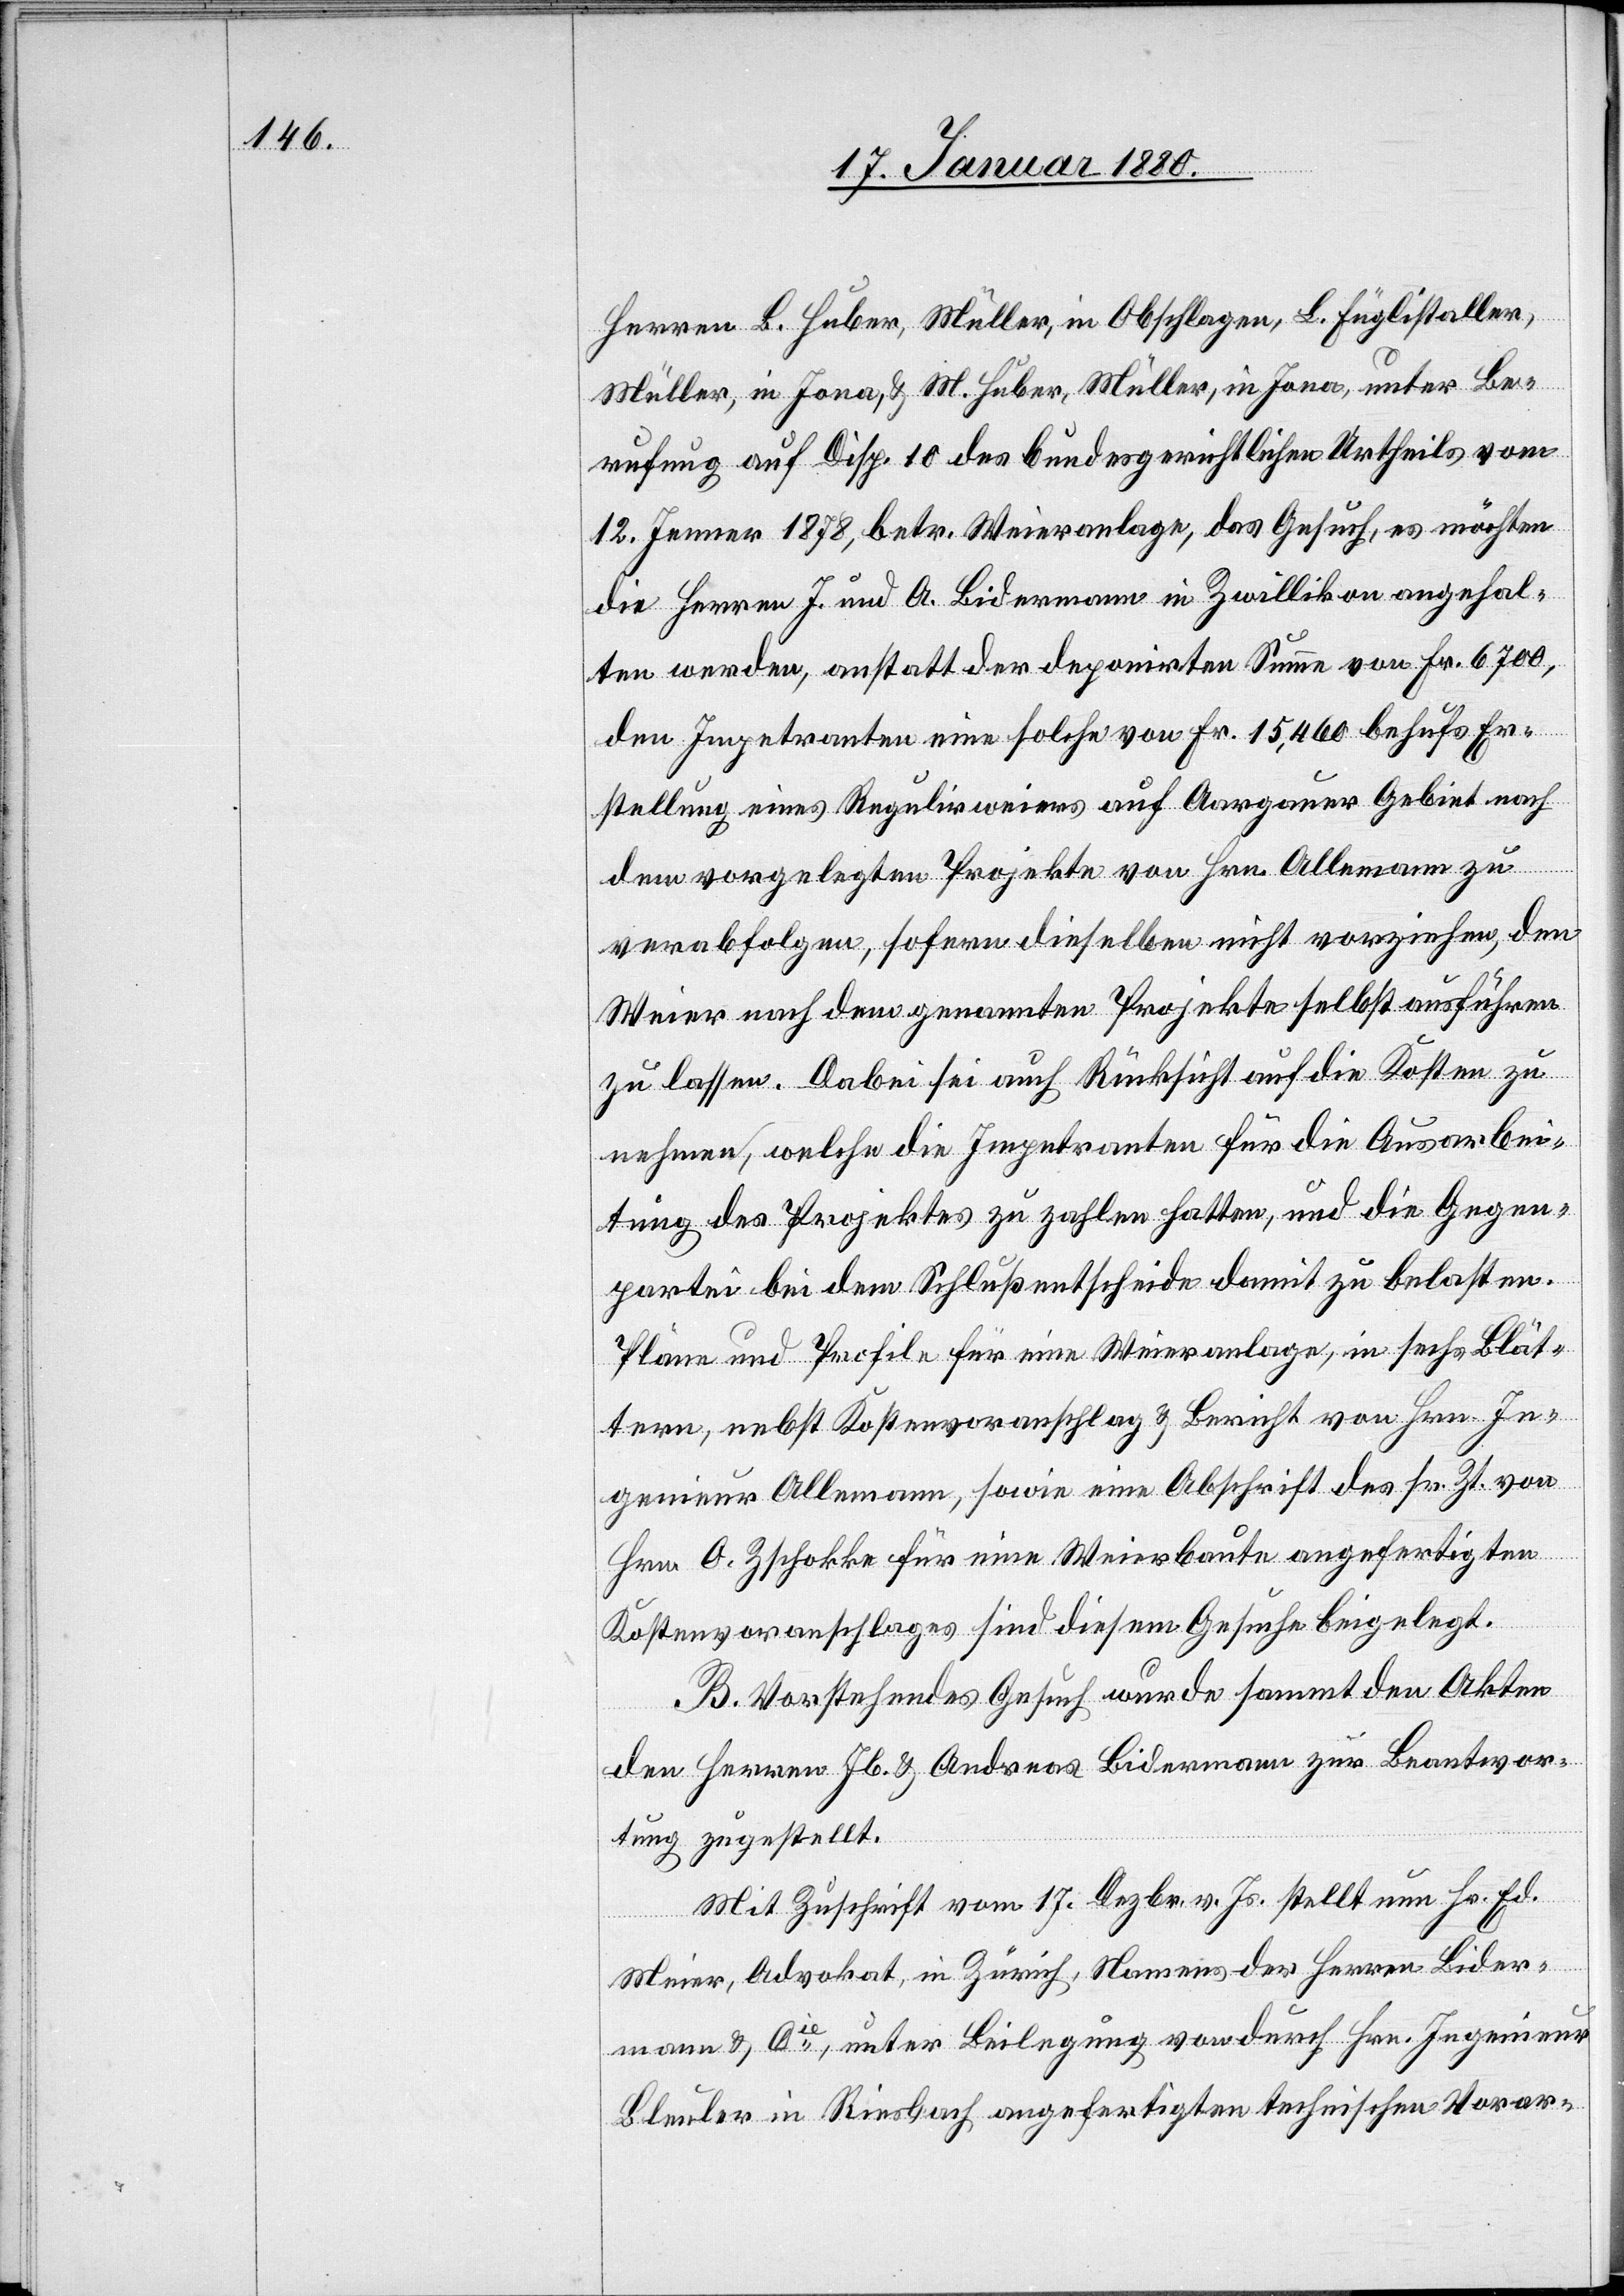
Herren B. Huber, Müller, in Obschlagen, L. Füglistaller,
Müller, in Jona, & M. Huber, Müller, in Jona, unter Be¬
rufung auf Disp. 10 des bundesgerichtlichen Urtheils vom
12. Jenner 1878, betr. Weieranlage, das Gesuch, es möchten
die Herren J. und A. Bidermann in Zwillikon angehal¬
ten werden, anstatt der depnirten Summe von Fr. 6700,
den Impetranten eine solche von Fr. 15, 400 behufs Er¬
stellung eines Regulirweiers auf Aargauer Gebiet nach
den vorgelegten Projekte von Hrn. Allemann zu
verabfolgen, sofern dieselben nicht vorziehen, den
Weier nach dem genannten Projekte selbst ausführen
zu lassen. Dabei sei auch Rücksicht auf die Kosten zu
nehmen, welche die Impetranten für die Ausarbei¬
tung des Projektes zu zahlen hatten, und die Gegen¬
partei bei dem Schlußentscheide damit zu belasten.
Pläne und Profil für eine Weieranlage, in sechs Blät¬
tern, nebst Kostenvoranschlag & Bericht von Hrn. In¬
genieur Allemann, sowie eine Abschrift des sr. Zt. von
Hrn. O. Zschokke für eine Weierbaute angefertigten
Kostenvoranschlages sind diesem Gesuche beigelegt.
B. Vorstehendes Gesuch wurde sammt den Akten
den Herren Jb. & Andreas Bidermann zur Beantwor¬
tung zugestellt.
Mit Zuschrift vom 17. Dezbr. v. Js. stellt nun Hr. Ed.
Meier, Advokat, in Zürich, Namens der Herren Bider¬
mann & Cie., unter Beilegung von durch Hrn. Ingenieur
Bleuler in Riesbach angefertigten technischen Vorar-